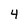
Character: 4